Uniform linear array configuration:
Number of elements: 12
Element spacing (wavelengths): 0.75
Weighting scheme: cosine
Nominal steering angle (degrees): -30
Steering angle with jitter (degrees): -29.587
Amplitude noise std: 0.05
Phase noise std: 0.05

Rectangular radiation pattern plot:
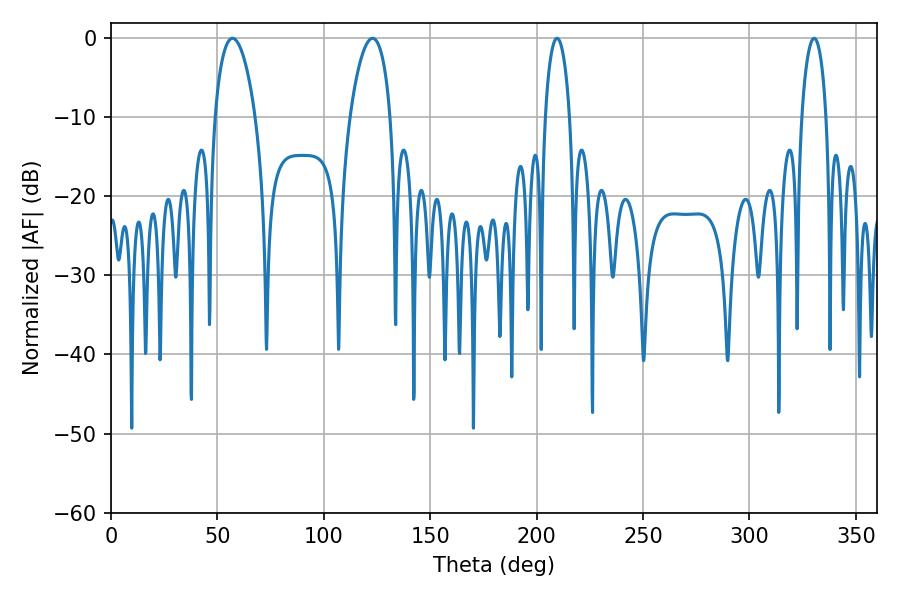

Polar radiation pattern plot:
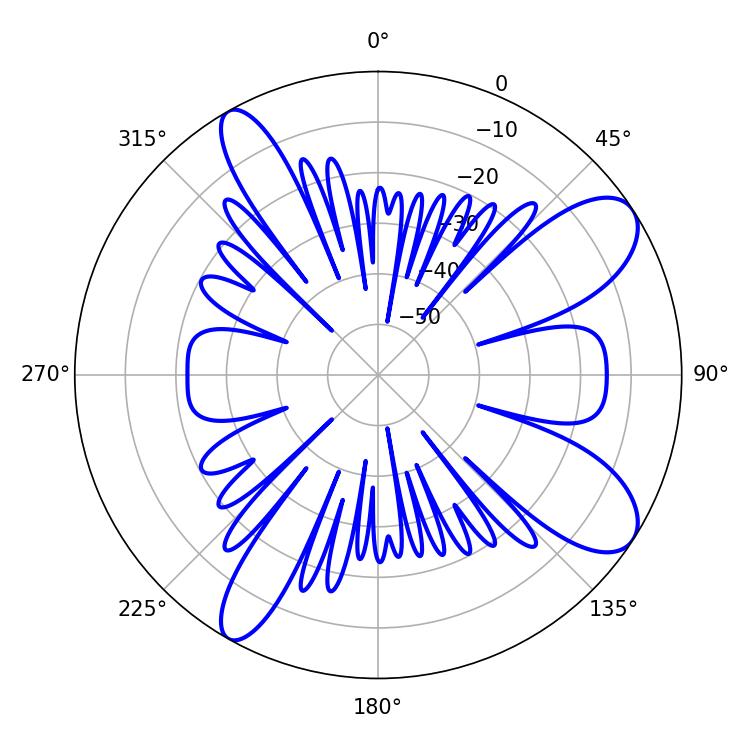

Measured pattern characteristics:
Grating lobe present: TRUE
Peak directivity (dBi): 9.587
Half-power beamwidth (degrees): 10.62
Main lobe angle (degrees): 57.06